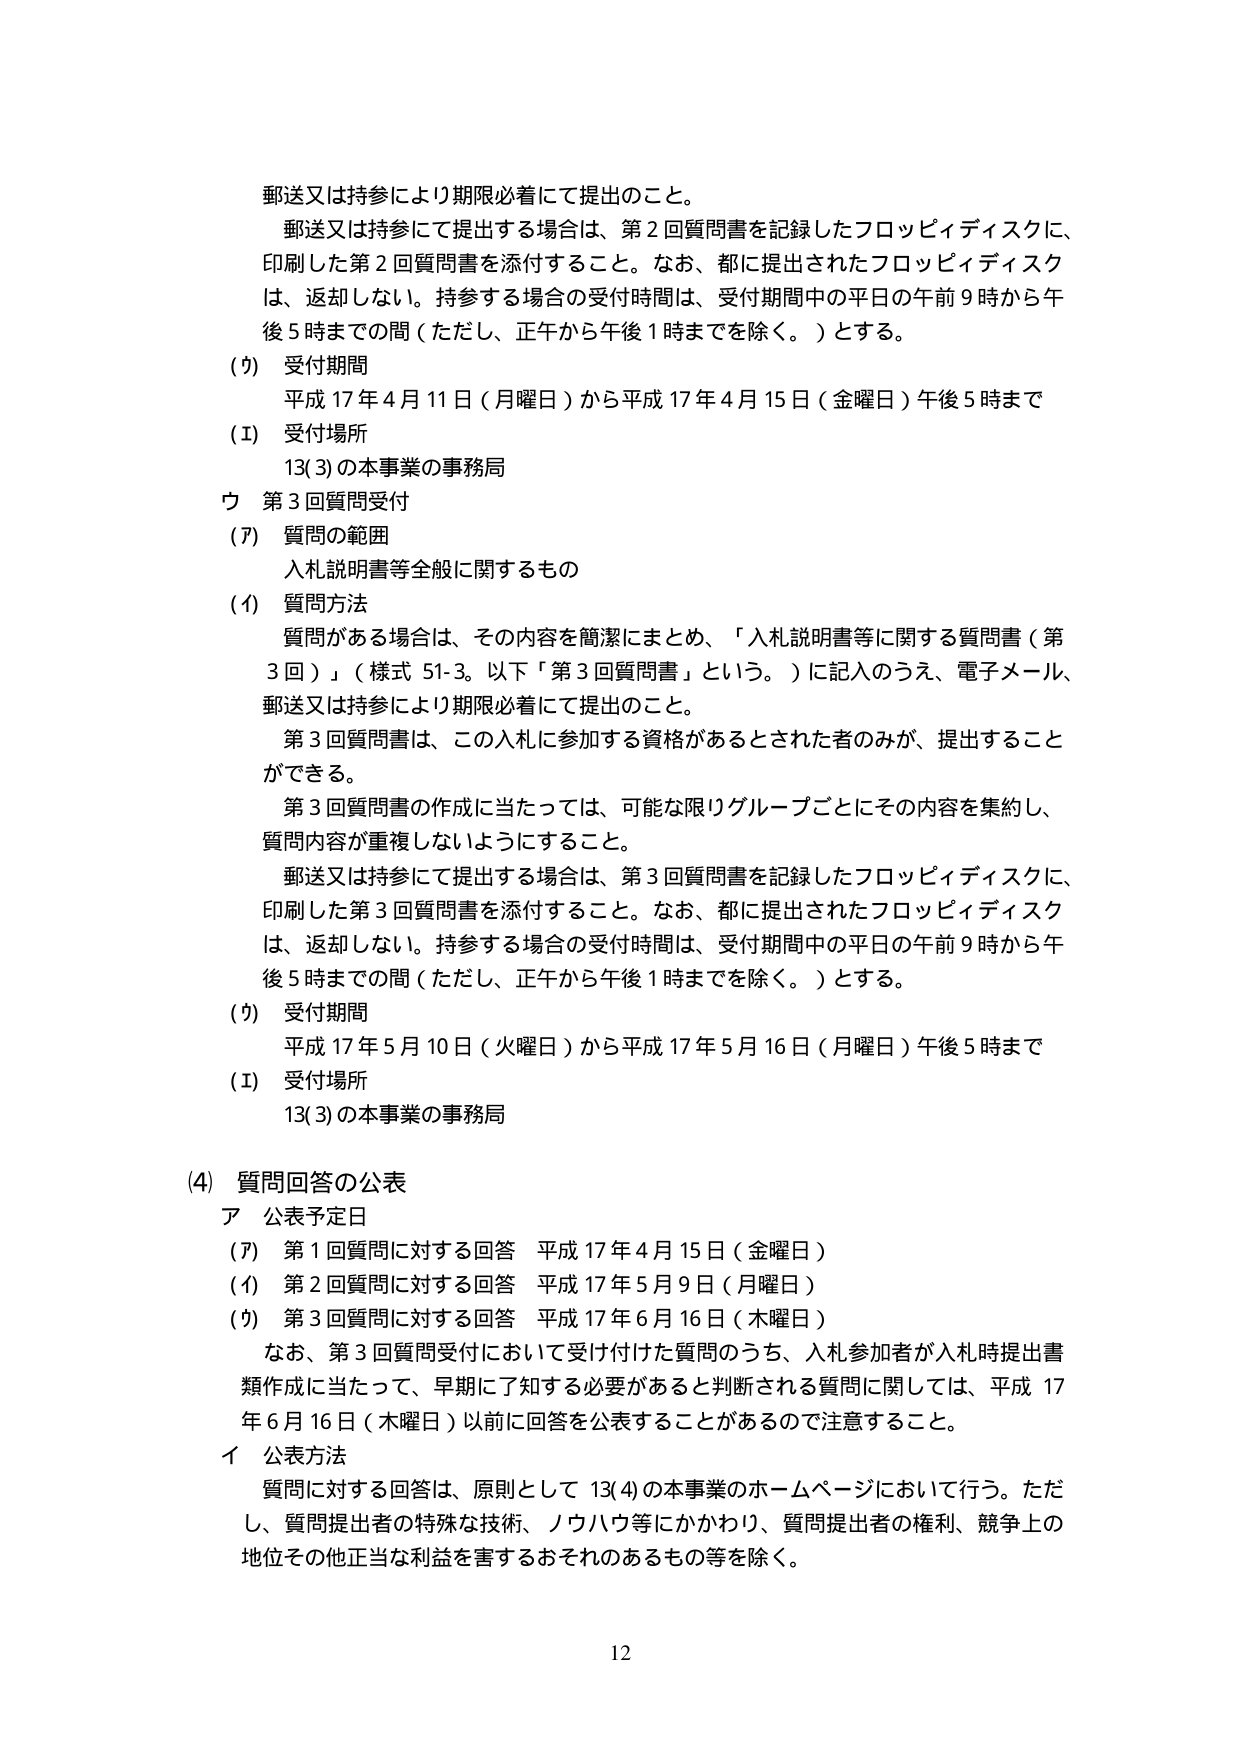
郵送又は持参により期限必着にて提出のこと。
郵送又は持参にて提出する場合は、第2回質問書を記録したフロッピィディスクに、
印刷した第2回質問書を添付すること。なお、都に提出されたフロッピィディスク
は、返却しない。持参する場合の受付時間は、受付期間中の平日の午前9時から午
後5時までの間（ただし、正午から午後1時までを除く。）とする。
(ウ) 受付期間
平成17年4月11日（月曜日）から平成17年4月15日（金曜日）午後5時まで
(イ) 受付場所
13(3)の本事業の事務局
ウ 第3回質問受付
(ア) 質問の範囲
入札説明書等全般に関するもの
(イ) 質問方法
質問がある場合は、その内容を簡潔にまとめ、「入札説明書等に関する質問書（第
3回）」（様式51-3。以下「第3回質問書」という。）に記入のうえ、電子メール、
郵送又は持参により期限必着にて提出のこと。
第3回質問書は、この入札に参加する資格があるとされた者のみが、提出すること
ができる。
第3回質問書の作成に当たっては、可能な限りグループごとにその内容を集約し、
質問内容が重複しないようにすること。
郵送又は持参にて提出する場合は、第3回質問書を記録したフロッピィディスクに、
印刷した第3回質問書を添付すること。なお、都に提出されたフロッピィディスク
は、返却しない。持参する場合の受付時間は、受付期間中の平日の午前9時から午
後5時までの間（ただし、正午から午後1時までを除く。）とする。
(ウ) 受付期間
平成17年5月10日（火曜日）から平成17年5月16日（月曜日）午後5時まで
(イ) 受付場所
13(3)の本事業の事務局
(4) 質問回答の公表
ア 公表予定日
(ア) 第1回質問に対する回答 平成17年4月15日（金曜日）
(イ) 第2回質問に対する回答 平成17年5月9日（月曜日）
(ウ) 第3回質問に対する回答 平成17年6月16日（木曜日）
なお、第3回質問受付において受付けた質問のうち、入札参加者が入札時提出書
類作成に当たって、早期に了知する必要があると判断される質問に関しては、平成17
年6月16日（木曜日）以前に回答を公表することがあるので注意すること。
イ 公表方法
質問に対する回答は、原則として13(4)の本事業のホームページにおいて行う。ただ
し、質問提出者の特殊な技術、ノウハウ等にかかわり、質問提出者の権利、競争上の
地位その他正当な利益を害するおそれのあるもの等を除く。
12